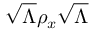
{ \sqrt { \Lambda } } \rho _ { x } { \sqrt { \Lambda } }